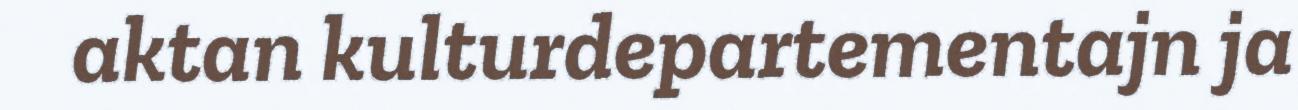
aktan kulturdepartementajn ja